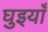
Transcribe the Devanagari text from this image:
घुइयाँ